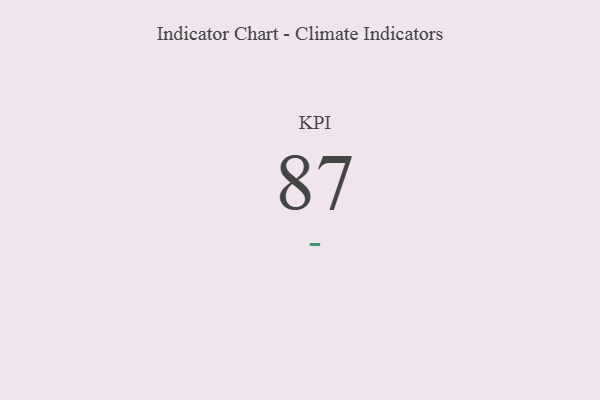
{"axis": {"x": "KPI", "y": "Value"}, "legend": [""], "data": [{"x": "KPI", "y": 87, "type": ""}]}